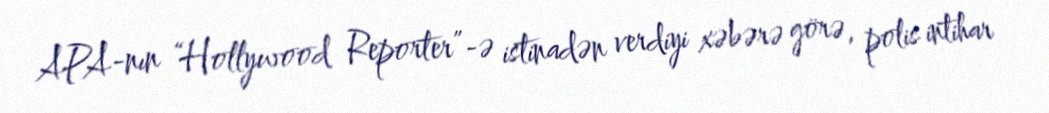
APA-nın “Hollywood Reporter”-ə istinadən verdiyi xəbərə görə, polis intihar